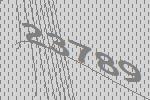
23789